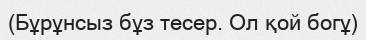
(Бұрұнсыз бұз тесер. Ол қой богұ)